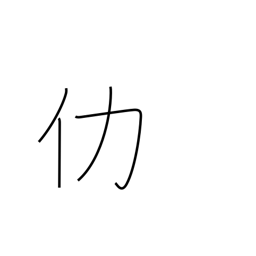
Meaning: surplus or excess